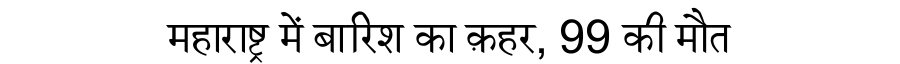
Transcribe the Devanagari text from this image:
महाराष्ट्र में बारिश का क़हर, 99 की मौत